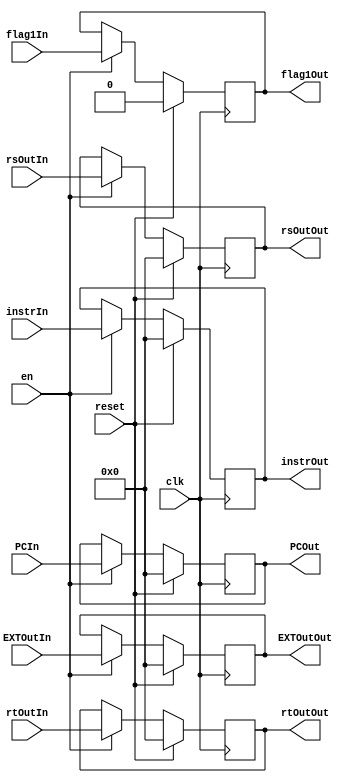
`timescale 1ns / 1ps

module EREG
	(
		input clk,
		input reset,
		input en,
		input [31:0] instrIn,
		input [31:0] PCIn,
		input [31:0] EXTOutIn,
		input [31:0] rsOutIn,
		input [31:0] rtOutIn,
		input flag1In,
		output reg [31:0] instrOut,
		output reg [31:0] PCOut,
		output reg [31:0] EXTOutOut,
		output reg [31:0] rsOutOut,
		output reg [31:0] rtOutOut,
		output reg flag1Out
	);
	
	initial begin
		instrOut <= 0;
		PCOut <= 0;
		EXTOutOut <= 0;
		rsOutOut <= 0;
		rtOutOut <= 0;
		flag1Out <= 0;	
	end
	
    always @(posedge clk) begin
        if (reset) begin
            instrOut <= 0;
            PCOut <= 0;
            EXTOutOut <= 0;
            rsOutOut <= 0;
            rtOutOut <= 0;
			flag1Out <= 0;
        end 
		else if(en) begin
            instrOut <= instrIn;
            PCOut <= PCIn;
            EXTOutOut <= EXTOutIn;
            rsOutOut <= rsOutIn;
            rtOutOut <= rtOutIn;
			flag1Out <= flag1In;
        end
    end	
	
endmodule